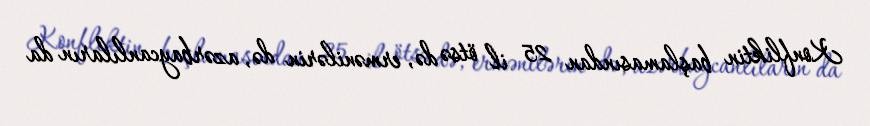
Konfliktin başlamasından 25 il ötsə də, ermənilərin də, azərbaycanlıların da